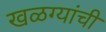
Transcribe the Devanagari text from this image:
खळग्यांची